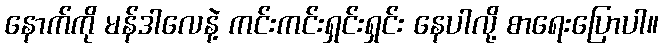
နောက်ကို မန်ဒါလေနဲ့ ကင်းကင်းရှင်းရှင်း နေပါလို့ စာရေးပြောပါ။